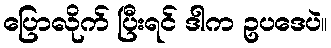
ပြောလိုက် ပြီးရင် ဒါက ဥပဒေပဲ။